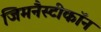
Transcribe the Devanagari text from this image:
जिमनैस्टीकॉन